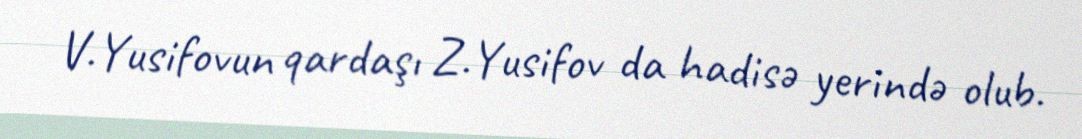
V.Yusifovun qardaşı Z.Yusifov da hadisə yerində olub.